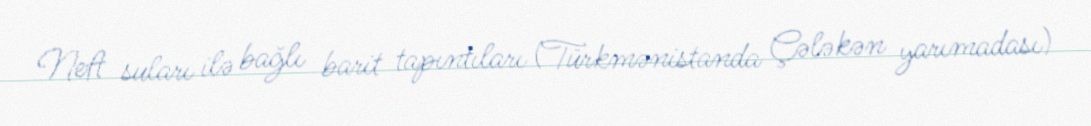
Neft suları ilə bağlı barit tapıntıları (Türkmənistanda Çələkən yarımadası)